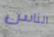
الناس